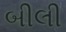
બીલી